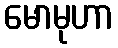
မောမုဟာ